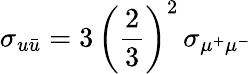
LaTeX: \sigma_{u\bar{u}}=3\, \left(\frac{2}{3}\right)^{2}\, \sigma_{\mu^{+}\mu^{-}}